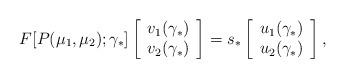
LaTeX: \begin{align*}F[P(\mu _1 ,\mu _2 );\gamma _* ]\left[ {\begin{array}{*{20}c} {v_1 (\gamma _* )} \\ {v_2 (\gamma _* )} \\\end{array}} \right] = s_* \left[ {\begin{array}{*{20}c} {u_1 (\gamma _* )} \\ {u_2 (\gamma _* )} \\\end{array}} \right],\end{align*}